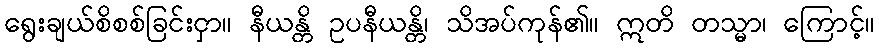
ရွေးချယ်စိစစ်ခြင်းငှာ။ နီယန္တိ ဥပနီယန္တိ၊ သိအပ်ကုန်၏။ ဣတိ တသ္မာ၊ ကြောင့်။